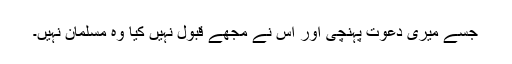
جسے میری دعوت پہنچی اور اس نے مجھے قبول نہیں کیا وہ مسلمان نہیں۔